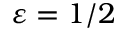
\varepsilon = 1 / 2